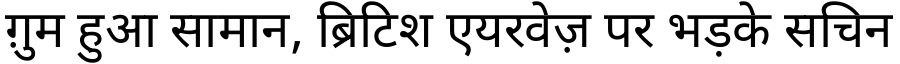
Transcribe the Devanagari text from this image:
ग़ुम हुआ सामान, ब्रिटिश एयरवेज़ पर भड़के सचिन